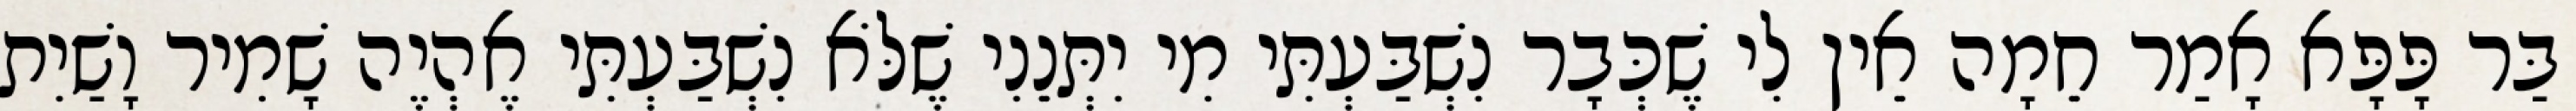
בַּר פָּפָּא אָמַר חֵמָה אֵין לִי שֶׁכְּבָר נִשְׁבַּעְתִּי מִי יִתְּנֵנִי שֶׁלֹּא נִשְׁבַּעְתִּי אֶהְיֶה שָׁמִיר וָשַׁיִת